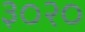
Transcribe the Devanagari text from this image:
३०२०